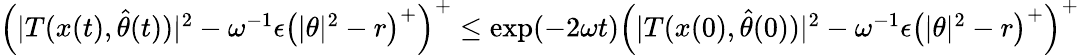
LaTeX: \begin{array}{r}{\left(\vert T(x(t),\hat{\theta}(t))\vert^{2}-\omega^{-1}\epsilon\left(\vert\theta\vert^{2}-r\right)^{+}\right)^{+}\leq\exp(-2\omega t)\left(\vert T(x(0),\hat{\theta}(0))\vert^{2}-\omega^{-1}\epsilon\left(\vert\theta\vert^{2}-r\right)^{+}\right)^{+}}\end{array}